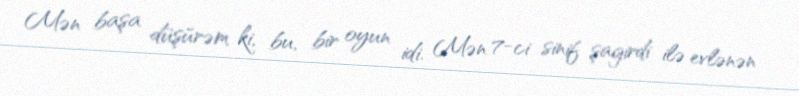
Mən başa düşürəm ki, bu, bir oyun idi. Mən 7-ci sinif şagirdi ilə evlənən